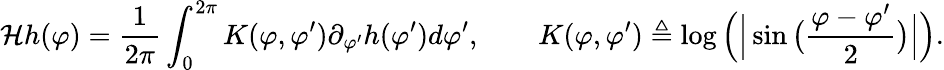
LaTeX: \mathcal{H}h(\varphi)=\frac{1}{2\pi}\int_{0}^{2\pi}K(\varphi,\varphi^{\prime})\partial_{\varphi^{\prime}}h(\varphi^{\prime})d\varphi^{\prime},\qquad K(\varphi,\varphi^{\prime})\triangleq\log\Big(\Big|\sin\big(\frac{\varphi-\varphi^{\prime}}{2}\big)\Big|\Big).